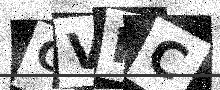
Text: CVHC